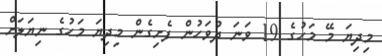
މިދިޔަ މޭ މަހުގެ 19 ވަނަ ދުވަހުން ފެށިގެން މިދިޔަ މަހުގެ ނިޔަލަށް